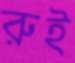
রুই